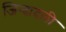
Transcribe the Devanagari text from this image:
जिन्दादली